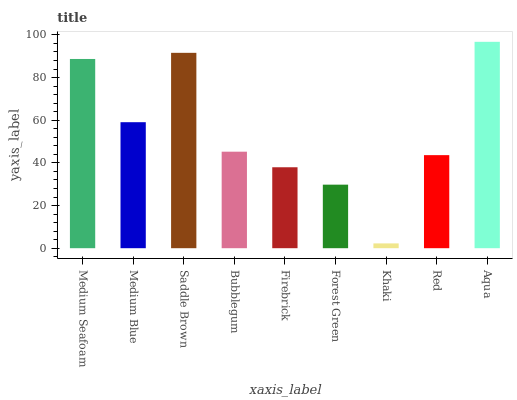
| xaxis_label | bars |
 | --- | --- |
 | Medium Seafoam | 88.7 |
 | Medium Blue | 59.1 |
 | Saddle Brown | 91.6 |
 | Bubblegum | 45.2 |
 | Firebrick | 37.9 |
 | Forest Green | 29.8 |
 | Khaki | 2.25 |
 | Red | 43.6 |
 | Aqua | 96.8 |